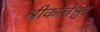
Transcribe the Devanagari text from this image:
श्रीकांतेश्वर